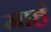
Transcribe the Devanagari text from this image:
माहं